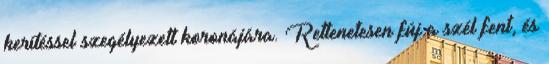
kerítéssel szegélyezett koronájára. Rettenetesen fúj a szél fent, és